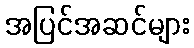
အပြင်အဆင်များ